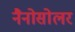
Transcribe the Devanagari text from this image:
नैनोसोलर